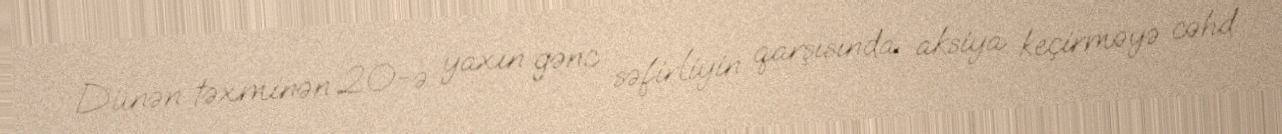
Dünən təxminən 20-ə yaxın gənc səfirliyin qarşısında aksiya keçirməyə cəhd